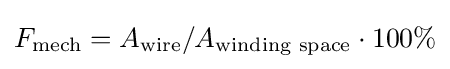
F_{\text{mech}}=A_{\text{wire}}/A_{\text{winding space}}\cdot 100\%